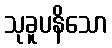
သုခူပနိသော